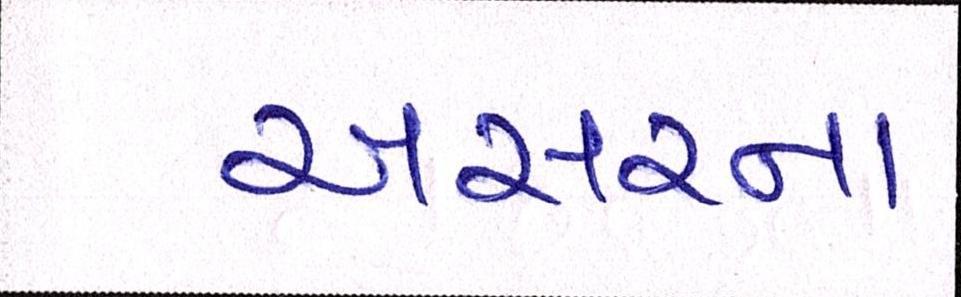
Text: અસરના